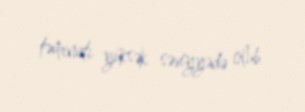
təminatı yüksək səviyyədə olub.